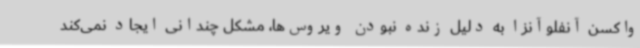
واکسن آنفلوآنزا به دلیل زنده نبودن ویروس‌ها، مشکل چندانی ایجاد نمی‌کند